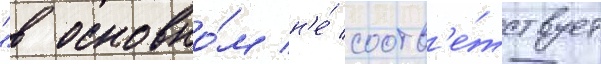
"в основно́м н'е́ соотв'е́тствует